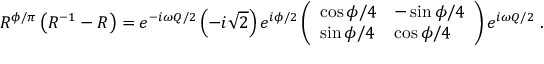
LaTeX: { \cal R } ^ { \phi / \pi } \left( { \cal R } ^ { - 1 } - { \cal R } \right) = e ^ { - i \omega Q / 2 } \left( - i \sqrt { 2 } \right) e ^ { i \phi / 2 } \left( \begin{array} { l l } { { \cos \phi / 4 } } & { { - \sin \phi / 4 } } \\ { { \sin \phi / 4 } } & { { \cos \phi / 4 } } \end{array} \right) e ^ { i \omega Q / 2 } \; .